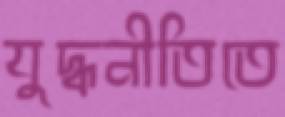
যুদ্ধনীতিতে